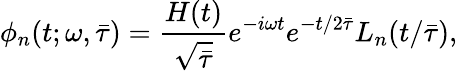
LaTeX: \phi_{n}(t;\omega,\bar{\tau})=\frac{H(t)}{\sqrt{\bar{\tau}}}e^{-i\omega t}e^{-t/2\bar{\tau}}L_{n}(t/\bar{\tau}),